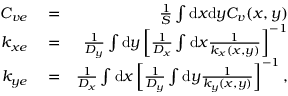
\begin{array} { r l r } { C _ { v e } } & { { } = } & { \frac { 1 } { S } \int \mathrm { d } x \mathrm { d } y C _ { v } ( x , y ) } \\ { k _ { x e } } & { { } = } & { \frac { 1 } { D _ { y } } \int \mathrm { d } y \left[ \frac { 1 } { D _ { x } } \int \mathrm { d } x \frac { 1 } { k _ { x } ( x , y ) } \right] ^ { - 1 } } \\ { k _ { y e } } & { { } = } & { \frac { 1 } { D _ { x } } \int \mathrm { d } x \left[ \frac { 1 } { D _ { y } } \int \mathrm { d } y \frac { 1 } { k _ { y } ( x , y ) } \right] ^ { - 1 } , } \end{array}